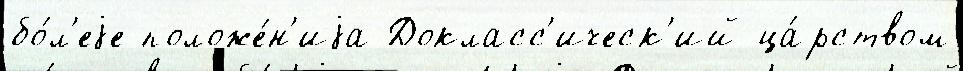
бо́л'еjе положе́н'иjа Докласс'ическ'ий ца́рством